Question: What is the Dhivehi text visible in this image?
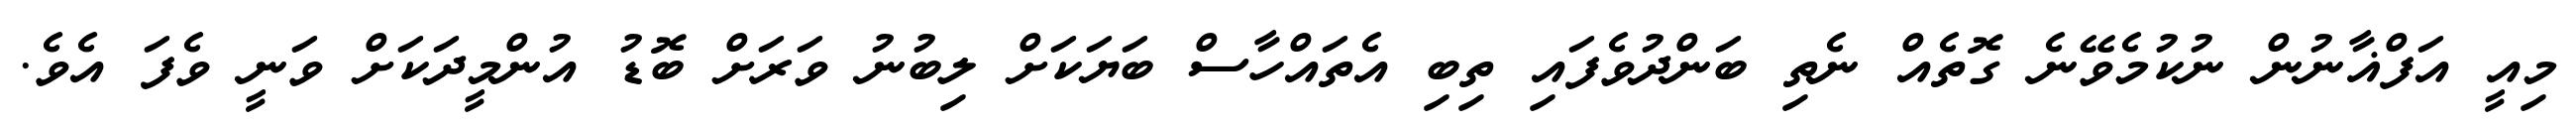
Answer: މިއީ އަފްޣާނުން ނުކުމެވޭނެ ގޮތެއް ނެތި ބަންދުވެފައި ތިބި އެތައްހާސް ބަޔަކަށް ލިބުނު ވަރަށް ބޮޑު އުންމީދަކަށް ވަނީ ވެފަ އެވެ.